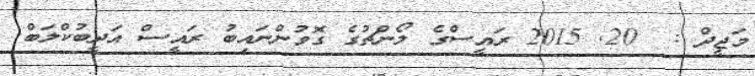
މަޖީދް :  20